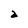
Character: 2